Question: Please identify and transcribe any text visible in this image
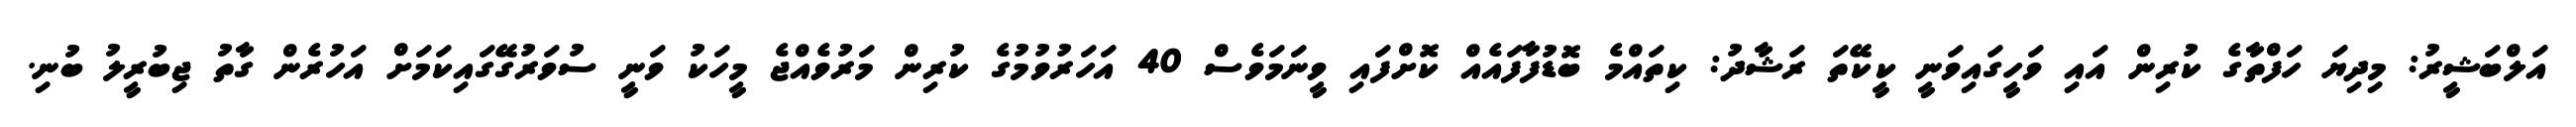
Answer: އަލްބަޝީރު: މިދިޔަ ހަފްތާގެ ކުރިން އައި ވަހީގައިވަނީ ކީކޭތަ ރަޝާދު: ކިތައްމެ ބޮޑުފާފައެއް ކޮށްފައި ވީނަމަވެސް 40 އަހަރުވުމުގެ ކުރިން މަރުވެއްޖެ މީހަކު ވަނީ ސުވަރުގޭގައިކަމަށް އަހުރެން ގާތު ޖިބުރީލު ބުނި.